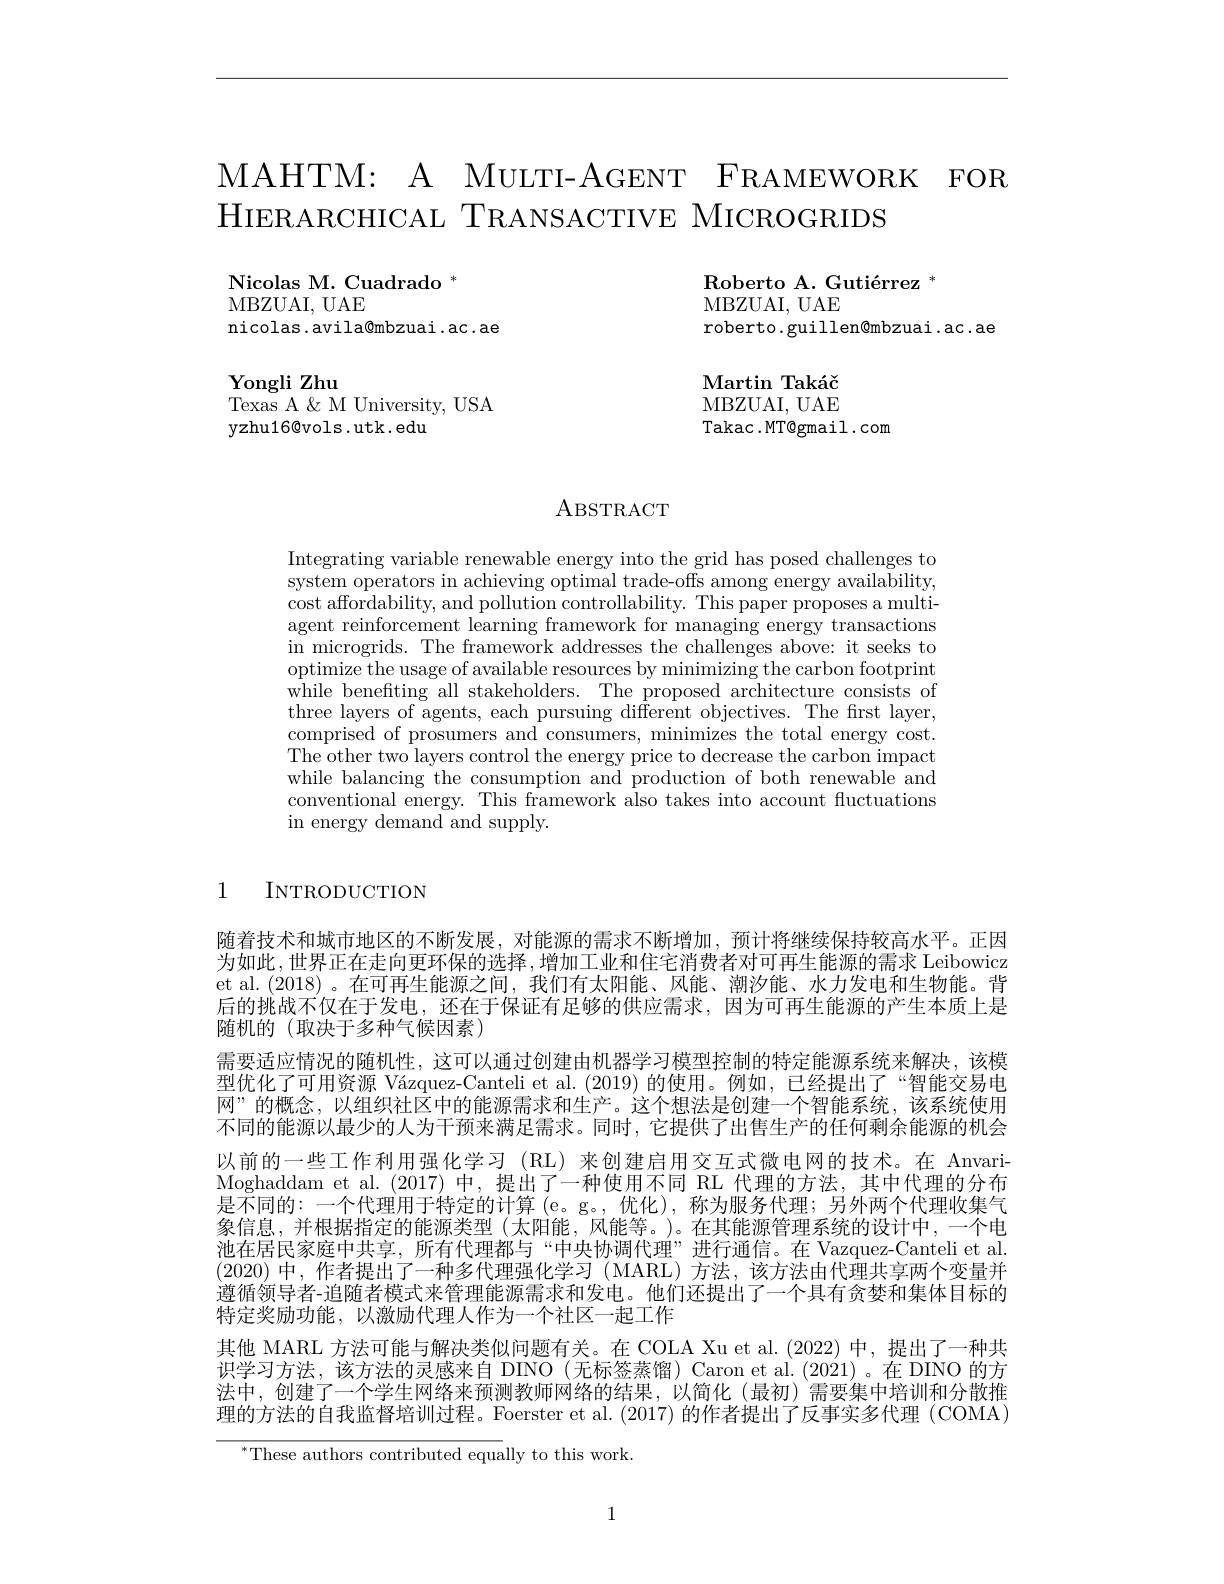
MAHTM: A MULTI-AGENT FRAMEWORK FOR
HIERARCHICAL TRANSACTIVE MICROGRIDS

Nicolas M. Cuadrado $^*$
MBZUAI, UAE
nicolas.avila@mbzuai.ac.ae

Roberto A. Gutiérrez *
MBZUAI, UAE
roberto.guillen@mbzuai.ac.ae

Yongli Zhu
Texas A & M University, USA
yzhu16@vols.utk.edu

Martin Tak$\' {a}\v {c}$ MBZUAI, UAE Takac.MT@gmail.com

ABSTRACT

Integrating variable renewable energy into the grid has posed challenges to system operators in achieving optimal trade-offs among energy availability, $\begin{array}{c}\mathrm{cost~affordability,~and~pollution~controllability.~This~paper~proposes~a~multi-~}\end{array}$ agent reinforcement learning framework for managing energy transactions in microgrids. The framework addresses the challenges above: it seeks to $\bar{\text{optimize the usage of available resources by minimizing the carbon footprint}}$ $\bar{\text{while benefiting all stakeholders.}}$The proposed architecture consists of three layers of agents, each pursuing different objectives. The first layer, comprised of prosumers and consumers, minimizes the total energy cost. $\dot{\text{The other two layers control the energy price to decrease the carbon impact}}$ while balancing the consumption and production of both renewable and conventional energy. This framework also takes into account fluctuations in energy demand and supply.

1

INTRODUCTION

随着技术和城市地区的不断发展，对能源的需求不断增加，预计将继续保持较高水平。正因为如此，世界正在走向更环保的选择，增加工业和住宅消费者对可再生能源的需求 Leibowicz et al.(2018)。在可再生能源之间，我们有太阳能、风能、潮汐能、水力发电和生物能。背后的挑战不仅在于发电，还在于保证有足够的供应需求，因为可再生能源的产生本质上是随机的(取决于多种气候因素)
需要适应情况的随机性，这可以通过创建由机器学习模型控制的特定能源系统来解决，该模型优化了可用资源 Vázquez-Canteli et al.(2019)的使用。例如，已经提出了“智能交易电网”的概念，以组织社区中的能源需求和生产。这个想法是创建一个智能系统，该系统使用不同的能源以最少的人为干预来满足需求。同时，它提供了出售生产的任何剩余能源的机会以前的一些工作利用强化学习 (RL)来创建启用交互式微电网的技术。在 AnvariMoghaddam et al.(2017) 中，提出了一种使用不同 RL 代理的方法，其中代理的分布是不同的：一个代理用于特定的计算(e。g。,优化),称为服务代理；另外两个代理收集气象信息，并根据指定的能源类型(太阳能，风能等。)。在其能源管理系统的设计中，一个电池在居民家庭中共享，所有代理都与“中央协调代理”进行通信。在 Vazquez-Canteli et al. (2020)中，作者提出了一种多代理强化学习 (MARL) 方法，该方法由代理共享两个变量并遵循领导者-追随者模式来管理能源需求和发电。他们还提出了一个具有贪婪和集体目标的特定奖励功能，以激励代理人作为一个社区一起工作
其他 MARL 方法可能与解决类似问题有关。在 COLA Xu et al.(2022) 中，提出了一种共识学习方法，该方法的灵感来自 DINO(无标签蒸馏) Caron et al.(2021)。在 DINO 的方法中，创建了一个学生网络来预测教师网络的结果，以简化(最初)需要集中培训和分散推理的方法的自我监督培训过程。Foerster et al. (2017) 的作者提出了反事实多代理 (COMA)
$^*$These authors contributed equally to this work.

1